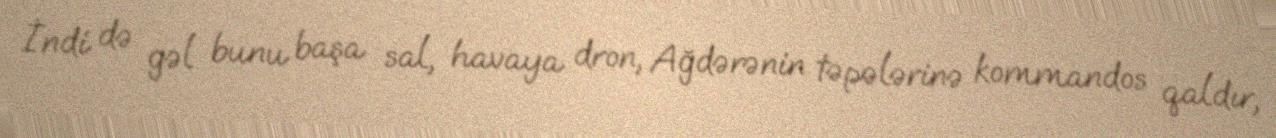
İndi də gəl bunu başa sal, havaya dron, Ağdərənin təpələrinə kommandos qaldır,